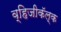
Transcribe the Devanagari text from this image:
व्हिजीकॅल्क